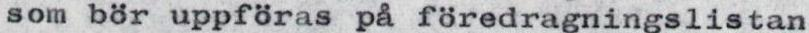
som bör uppföras på föredragningslistan